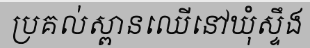
ប្រគល់ស្ពានឈើនៅឃុំស្ទឹង